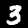
Label: 3